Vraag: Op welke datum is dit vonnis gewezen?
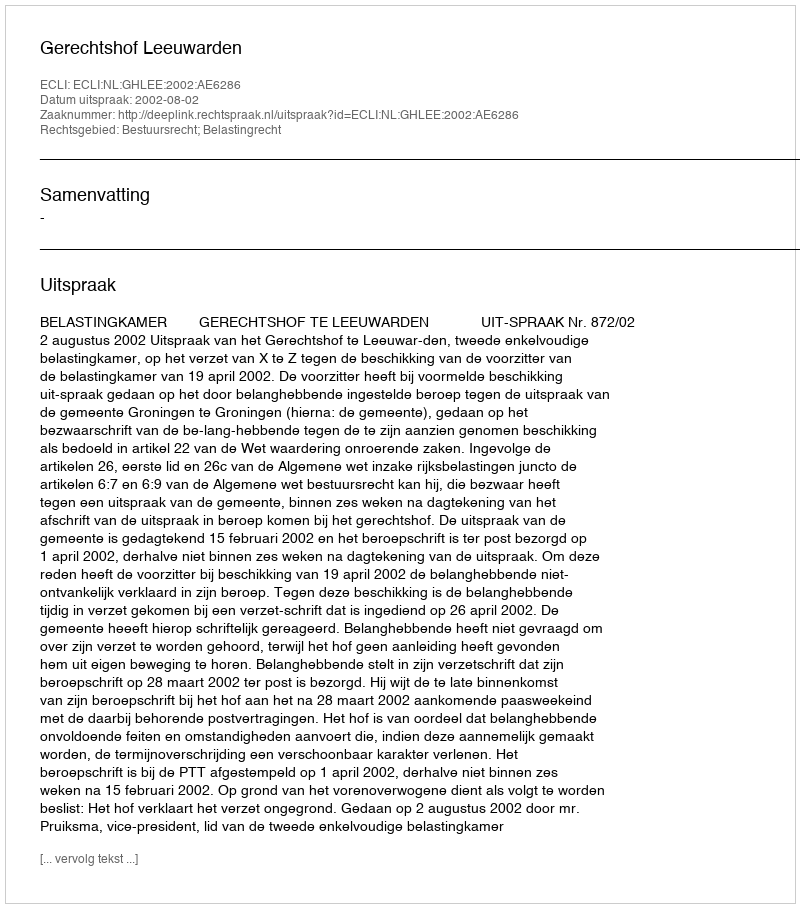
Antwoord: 2002-08-02